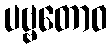
ပဗ္ဗတောဝ